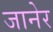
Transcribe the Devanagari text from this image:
जानेर